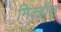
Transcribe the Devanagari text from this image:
मिल्हौस